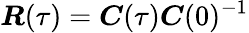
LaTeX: \boldsymbol{R}(\tau)=\boldsymbol{C}(\tau)\boldsymbol{C}(0)^{-1}